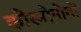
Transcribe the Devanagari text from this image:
कोस्मोनोतों